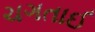
ચગતાઈ